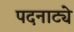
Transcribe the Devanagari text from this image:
पदनाट्ये